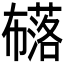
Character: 𭘹